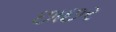
છાછર